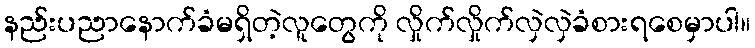
နည်းပညာနောက်ခံမရှိတဲ့လူတွေကို လှိုက်လှိုက်လှဲလှဲခံစားရစေမှာပါ။